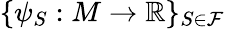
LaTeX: \{ \psi_{S}:M\to\mathbb{R}\} _{S\in\mathcal{F}}